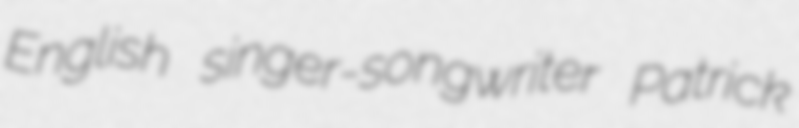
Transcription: English singer-songwriter Patrick